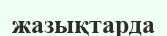
жазықтарда